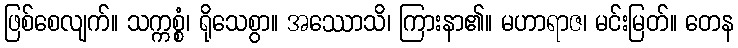
ဖြစ်စေလျက်။ သက္ကစ္စံ၊ ရိုသေစွာ။ အဿောသိ၊ ကြားနာ၏။ မဟာရာဇ၊ မင်းမြတ်။ တေန